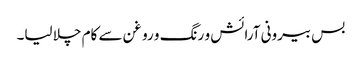
بس بیرونی آرائش و رنگ و روغن سے کام چلا لیا۔